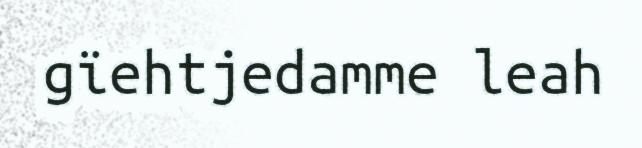
gïehtjedamme leah